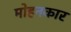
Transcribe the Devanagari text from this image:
मोहनकार